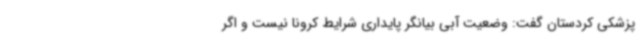
پزشکی کردستان گفت: وضعیت آبی بیانگر پایداری شرایط کرونا نیست و اگر